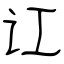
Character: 讧